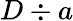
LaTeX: D\div a